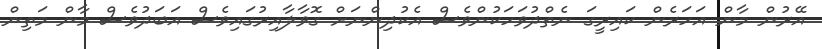
އޭރުން މާން އަހަރެން ކައިރީގަ ނެތްދުވަހަކުންވެސް އެކުދިންނަށް ގޮވާލާއިރުގައިވެސް އަބަދުވެސް މާން މަތިން